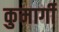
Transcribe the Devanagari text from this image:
कुमार्गी